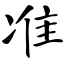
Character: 准